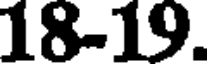
18-19.